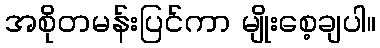
အစိုတမန်းပြင်ကာ မျိုးစေ့ချပါ။